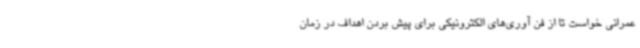
عمرانی خواست تا از فن آوری‌های الکترونیکی برای پیش بردن اهداف در زمان